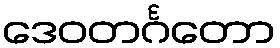
ဒေဝတင်္ဂတော